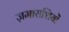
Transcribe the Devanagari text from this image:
ज़माराशियों